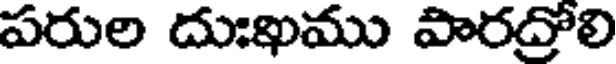
పరుల దుఃఖము పారద్రోలి